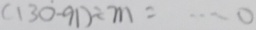
( 1 3 0 - 9 1 ) \div m = \cdots 0